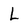
Character: L